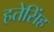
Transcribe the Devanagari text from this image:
हतेसिंह